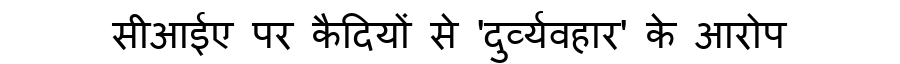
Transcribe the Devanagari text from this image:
सीआईए पर कैदियों से 'दुर्व्यवहार' के आरोप